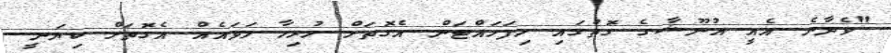
"ވެދާނެ އެއީ އުނޫޝާގެ ގޮތުގައި ހިފަހައްޓަން އެގޮތަށް ހުރިހާ ލަވައެއް އެގޮތަށް ކިޔަނީ